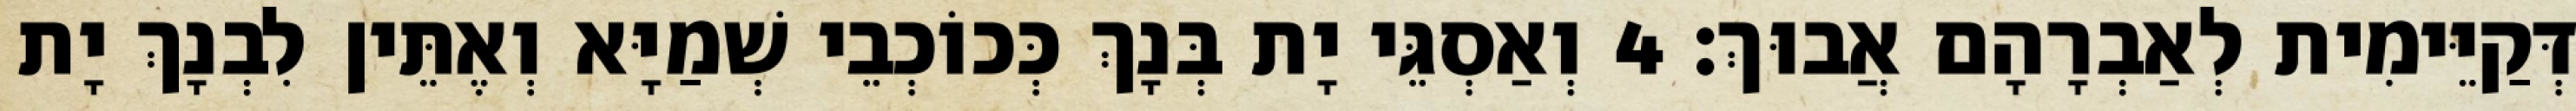
דְּקַיֵּימִית לְאַבְרָהָם אֲבוּךְ׃ 4 וְאַסְגֵּי יָת בְּנָךְ כְּכוֹכְבֵי שְׁמַיָּא וְאֶתֵּין לִבְנָךְ יָת